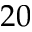
2 0